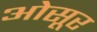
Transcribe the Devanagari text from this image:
ओसूर